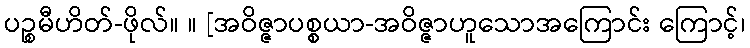
ပဉ္စမီဟိတ်-ဖိုလ်။ ။ [အဝိဇ္ဇာပစ္စယာ-အဝိဇ္ဇာဟူသောအကြောင်း ကြောင့်၊